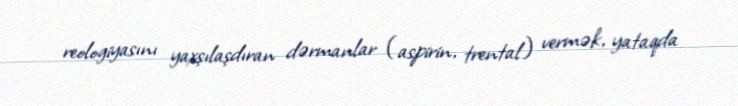
reologiyasını yaxşılaşdıran dərmanlar (aspirin, trental) vermək, yataqda